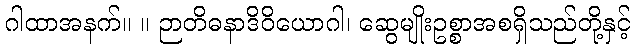
ဂါထာအနက်။ ။ ဉာတိဓနာဒိဝိယောဂါ၊ ဆွေမျိုးဥစ္စာအစရှိသည်တို့နှင့်